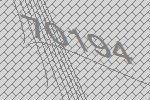
70194